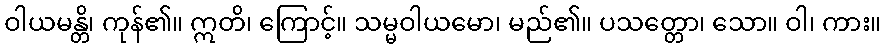
ဝါယမန္တိ၊ ကုန်၏။ ဣတိ၊ ကြောင့်။ သမ္မဝါယမော၊ မည်၏။ ပသတ္တော၊ သော။ ဝါ၊ ကား။